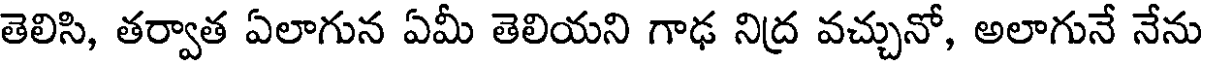
తెలిసి, తర్వాత ఏలాగున ఏమీ తెలియని గాఢ నిద్ర వచ్చునో, అలాగునే నేను